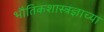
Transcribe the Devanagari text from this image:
भौतिकशास्त्रज्ञाच्या